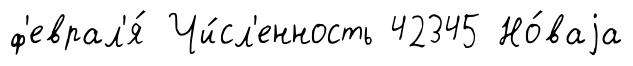
ф'еврал'я́ Чи́сл'енность 42345 Но́ваjа